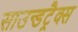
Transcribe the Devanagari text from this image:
साउन्डट्रैक्स